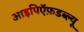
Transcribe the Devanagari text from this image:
आइपिऍफ़डब्ल्यू